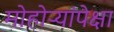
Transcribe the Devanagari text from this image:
मोहोऱ्यांपेक्षा